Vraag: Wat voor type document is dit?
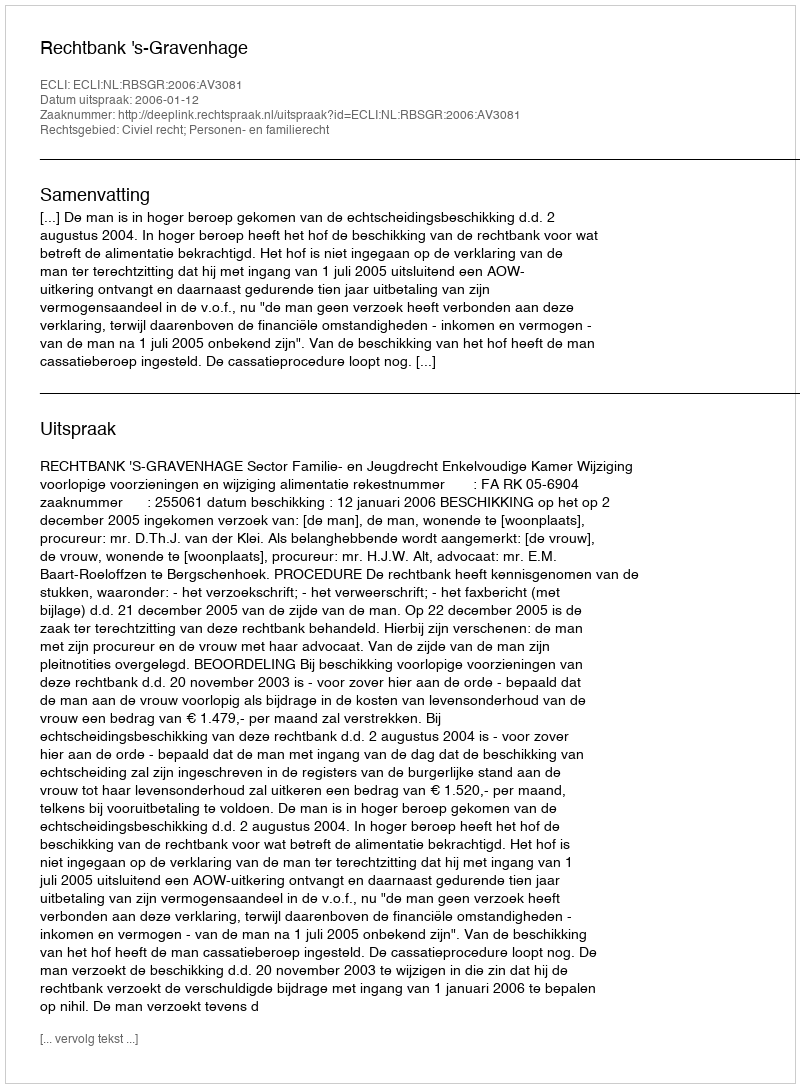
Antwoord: Uitspraak